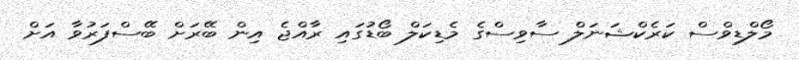
މޯލްޑިވްސް ކަރެކްޝަނަލް ސާވިސްގެ މެޑިކަލް ބޯޑުގައި ރާއްޖެ އިން ބޭރަށް ބޭސްފަރުވާ އަށް